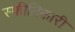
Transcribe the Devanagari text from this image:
स्फीतिकारी